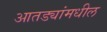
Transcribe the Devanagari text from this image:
आतड्यांमधील